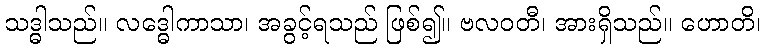
သဒ္ဓါသည်။ လဒ္ဓေါကာသာ၊ အခွင့်ရသည် ဖြစ်၍။ ဗလဝတီ၊ အားရှိသည်။ ဟောတိ၊